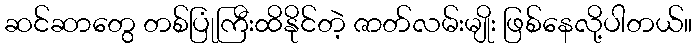
ဆင်ဆာတွေ တစ်ပြုံကြီးထိနိုင်တဲ့ ဇာတ်လမ်းမျိုး ဖြစ်နေလို့ပါတယ်။